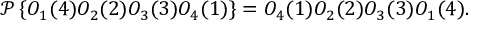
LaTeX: { \mathcal { P } } \left\{ O _ { 1 } ( 4 ) O _ { 2 } ( 2 ) O _ { 3 } ( 3 ) O _ { 4 } ( 1 ) \right\} = O _ { 4 } ( 1 ) O _ { 2 } ( 2 ) O _ { 3 } ( 3 ) O _ { 1 } ( 4 ) .